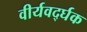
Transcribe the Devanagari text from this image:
वीर्यवर्द्घक